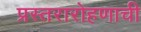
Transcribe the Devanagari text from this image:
प्रस्तरारोहणाची